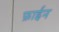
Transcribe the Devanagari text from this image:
फ़ाईन